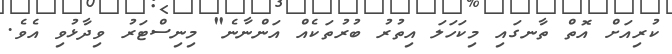
ކުރިއަށް އޮތް ތާނގައި މިކަހަލަ އިތުރު ބުރުތަކެއް އަންނާނެ" މިނިސްޓަރު ވިދާޅުވި އެވެ.